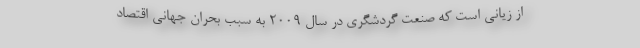
از زیانی است که صنعت گردشگری در سال ۲۰۰۹ به سبب بحران جهانی اقتصاد